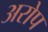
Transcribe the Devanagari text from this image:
अरोप